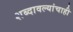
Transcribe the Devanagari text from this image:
शब्दावल्यांचाही